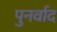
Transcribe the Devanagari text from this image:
पुनर्वाद